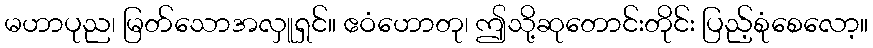
မဟာပုည၊ မြတ်သောအလှူရှင်။ ဧဝံဟောတု၊ ဤသို့ဆုတောင်းတိုင်း ပြည့်စုံစေလော့။